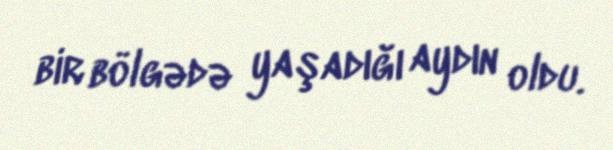
bir bölgədə yaşadığı aydın oldu.